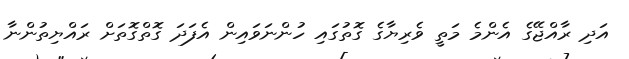
އަދި ރާއްޖޭގެ އެންމެ މަތީ ވެރިޔާގެ ގޮތުގައި ހުންނަވައިން އެފަދަ ގޮތްގޮތަށް ރައްޔިތުންނާ